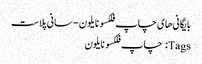
بایگانی‌های چاپ فلکسو نایلون - سانی پلاست
Tags: چاپ فلکسو نایلون